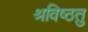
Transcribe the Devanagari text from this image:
श्रविष्ठतु